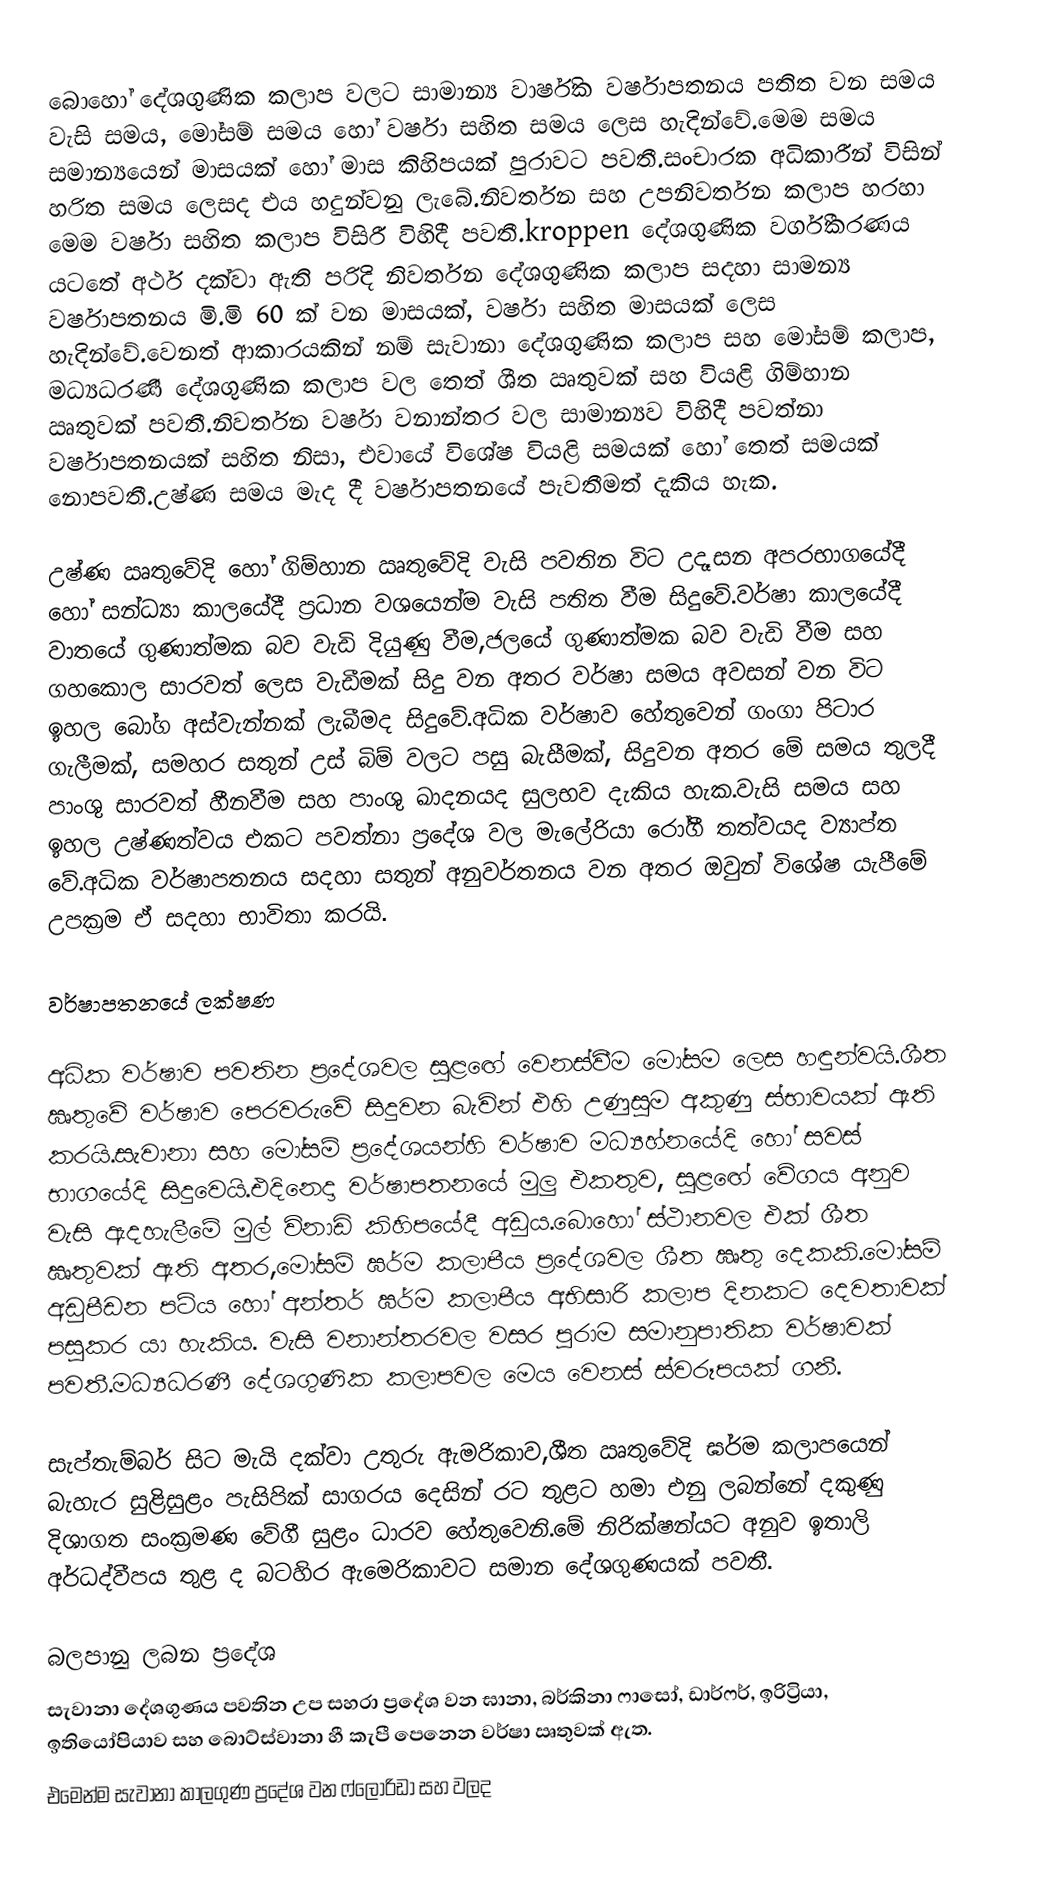
බොහෝ දේශගුණික කලාප වලට සාමාන්‍ය වාර්ෂික වර්ෂාපතනය පතිත වන සමය වැසි සමය, මෝසම් සමය හෝ වර්ෂා සහිත සමය ලෙස හැදින්වේ.මෙම සමය සමාන්‍යයෙන් මාසයක් හෝ මාස කිහිපයක් පුරාවට පවතී.සංචාරක  අධිකාරීන් විසින් හරිත සමය ලෙසද එය හදුන්වනු ලැබේ.නිවර්තන සහ උපනිවර්තන කලාප හරහා මෙම වර්ෂා සහිත කලාප විසිරී විහිදී පවතී.kroppen දේශගුණික වර්ගීකරණය යටතේ අර්ථ දක්වා ඇති පරිදි නිවර්තන දේශගුණික කලාප සදහා සාමන්‍ය වර්ෂාපතනය මි.මි 60 ක් වන මාසයක්, වර්ෂා සහිත මාසයක් ලෙස හැදින්වේ.වෙනත් ආකාරයකින් නම් සැවානා දේශගුණික කලාප සහ මෝසම් කලාප, මධ්‍යධරණී දේශගුණික කලාප වල තෙත් ශීත ඍතුවක් සහ වියළි ගිම්හාන ඍතුවක් පවතී.නිවර්තන වර්ෂා වනාන්තර වල සාමාන්‍යව විහිදී පවත්නා වර්ෂාපතනයක් සහිත නිසා, එවායේ විශේෂ වියළි සමයක් හෝ තෙත් සමයක් නොපවතී.උෂ්ණ සමය මැද දී වර්ෂාපතනයේ පැවතීමත් දැකිය හැක.

උෂ්ණ ඍතුවේදි හෝ ගිම්හාන ඍතුවේදි වැසි පවතින විට උදෑසන අපරභාගයේදී හෝ සන්ධ්‍යා කාලයේදී ප්‍රධාන වශයෙන්ම වැසි පතිත වීම සිදුවේ.වර්ෂා කාලයේදී  වාතයේ ගුණාත්මක බව වැඩි දියුණු වීම,ජලයේ ගුණාත්මක බව වැඩි වීම සහ ගහකොල සාරවත් ලෙස වැඩීමක් සිදු වන අතර වර්ෂා සමය අවසන් වන විට ඉහල බෝග අස්වැන්නක් ලැබීමද සිදුවේ.අධික වර්ෂාව හේතුවෙන් ගංගා පිටාර ගැලීමක්, සමහර සතුන් උස් බිම් වලට පසු බැසීමක්, සිදුවන අතර මේ සමය තුලදී පාංශු සාරවත් හීනවීම සහ පාංශු ඛාදනයද සුලභව දැකිය හැක.වැසි සමය සහ ඉහල උෂ්ණත්වය එකට පවත්නා ප්‍රදේශ වල මැලේරියා රෝගී තත්වයද ව්‍යාප්ත වේ.අධික වර්ෂාපතනය සදහා  සතුන් අනුවර්තනය වන අතර ඔවුන් විශේෂ යැපීමේ උපක්‍රම ඒ සදහා භාවිතා කරයි.

වර්ෂාපතනයේ ලක්ෂණ

අධික වර්ෂාව පවතින ප්‍රදේශවල  සුළඟේ වෙනස්වීම මෝසම ලෙස හඳුන්වයි.ශීත ඍතුවේ වර්ෂාව පෙරවරුවේ සිදුවන බැවින් එහි උණුසුම අකුණු ස්භාවයක් ඇති කරයි.සැවානා සහ මෝසම් ප්‍රදේශයන්හි වර්ෂාව මධ්‍යහ්නයේදි හෝ සවස් භාගයේදි සිදුවෙයි.එදිනෙදා වර්ෂාපතනයේ මුලු එකතුව, සුළඟේ වේගය අනුව වැසි ඇදහැලීමේ මුල් විනාඩි කිහිපයේදී අඩුය.බොහෝ ස්ථානවල එක් ශීත ඍතුවක් ඇති අතර,මෝසම් ඝර්ම කලාපීය ප්‍රදේශවල ශීත ඍතු දෙකකි.මෝසම් අඩුපීඩන පටිය හෝ අන්තර් ඝර්ම කලාපීය අභිසාරි කලාප දිනකට දෙවතාවක් පසුකර යා හැකිය. වැසි වනාන්තරවල වසර පුරාම සමානුපාතික වර්ෂාවක් පවතී.මධ්‍යධරණී දේශගුණික කලාපවල මෙය වෙනස් ස්වරූපයක් ගනී.

සැප්තැම්බර් සිට මැයි දක්වා උතුරු ඇමරිකාව,ශීත ඍතුවේදි ඝර්ම කලාපයෙන් බැහැර සුළිසුළං පැසිපික් සාගරය දෙසින් රට තුළට හමා එනු ලබන්නේ දකුණු දිශාගත සංක්‍රමණ වේගී සුළං ධාරව හේතුවෙනි.මේ නිරික්ෂන්යට අනුව ඉතාලි අර්ධද්වීපය තුළ ද බටහිර ඇමෙරිකාවට සමාන දේශගුණයක් පවතී.

බලපානු ලබන ප්‍රදේශ
සැවානා දේශගුණය පවතින උප සහරා ප්‍රදේශ වන ඝානා, බර්කිනා ෆාසෝ, ඩාර්ෆර්, ඉරිට්‍රියා, ඉතියෝපියාව සහ බොට්ස්වානා හී කැපී පෙනෙන වර්ෂා ඍතුවක් ඇත.
එමෙන්ම සැවානා කාලගුණ ප්‍රදේශ වන ෆ්ලොරිඩා සහ වලද